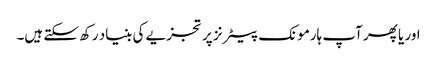
اور یا پھر آپ ہارمونک پیٹرنز پر تجزیے کی بنیاد رکھ سکتے ہیں۔